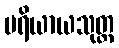
ပရိယာယသုတ္တ